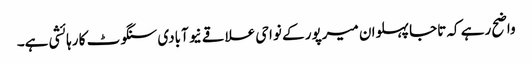
واضح رہے کہ تاجا پہلوان میرپور کے نواحی علاقے نیو آبادی سنگوٹ کا رہائشی ہے۔